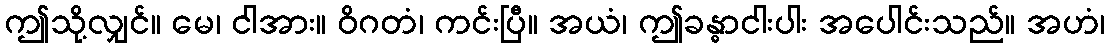
ဤသို့လျှင်။ မေ၊ ငါအား။ ဝိဂတံ၊ ကင်းပြီ။ အယံ၊ ဤခန္ဓာငါးပါး အပေါင်းသည်။ အဟံ၊